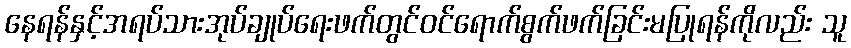
နေရန်နှင့်အရပ်သားအုပ်ချုပ်ရေးဖက်တွင်ဝင်ရောက်စွက်ဖက်ခြင်းမပြုရန်ကိုလည်း သူ